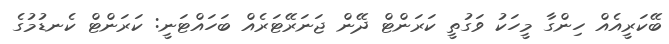
ބޭކަރީއެއް ހިންގާ މީހަކު ވަގުތީ ކަރަންޓް ދޭން ޖަނަރޭޓަރެއް ބަހައްޓަނީ: ކަރަންޓް ކެނޑުމުގެ